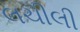
લચીલી